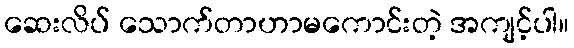
ဆေးလိပ် သောက်တာဟာမကောင်းတဲ့ အကျင့်ပါ။